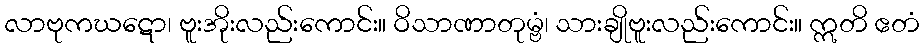
လာဗုကဃဋော၊ ဗူးအိုးလည်းကောင်း။ ဝိသာဏာတုမ္ဗံ၊ သားချိုဗူးလည်းကောင်း။ ဣတိ ဧတံ